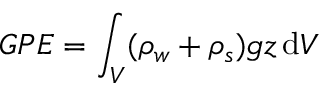
G P E = \int _ { V } ( \rho _ { w } + \rho _ { s } ) g z \, \mathrm { d } V